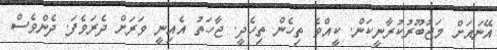
އޭނައަށް މަޖުބޫރުކުރާނީކަން. ކީއްވެ ތިހެން ތިހެދީ. ޖާހަތު އެއިނީ ވަރަށް ދެރަވެފަ. ދެންވެސް